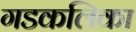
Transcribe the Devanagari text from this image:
गडकलिका